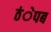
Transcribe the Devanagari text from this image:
ठंेपब